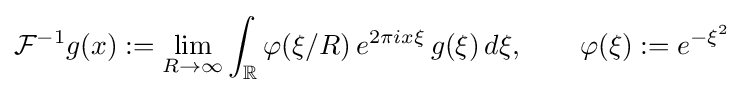
{\mathcal {F}}^{-1}g(x):=\lim _{R\to \infty }\int _{\mathbb {R} }\varphi (\xi /R)\,e^{2\pi ix\xi }\,g(\xi )\,d\xi ,\qquad \varphi (\xi ):=e^{-\xi ^{2}}